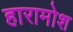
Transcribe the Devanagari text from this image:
हारामोश